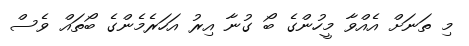
މި ތަނަށް އެއްވާ މީހުންގެ ބޯ ގުނާ އިރު އަހަރެމެންގެ ބޯތައް ވެސް